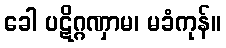
ခေါ ပဋိဂ္ဂဏှာမ၊ မခံကုန်။